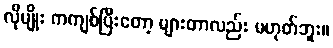
လိုမျိုး ကကျစ်ပြီးတော့ များတာလည်း မဟုတ်ဘူး။